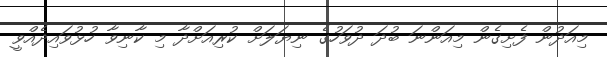
މިއަދުން ފެށިގެން މިއަންނަ ބުދަ ދުވަހުގެ ނިޔަލަށް ކުރިއަށްދާ މި ކާނިވާ ހުޅުވައިދެއްވީ